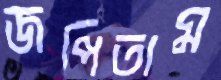
জপিতাম